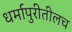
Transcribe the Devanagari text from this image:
धर्मापुरीतीलच